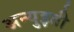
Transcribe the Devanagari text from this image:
अन्युइती